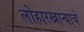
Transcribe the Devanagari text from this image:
लोहारखान्याचे